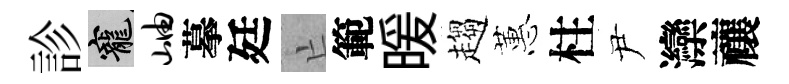
診寵岫摹廷亡範暖趨蕙柱尹灤禳